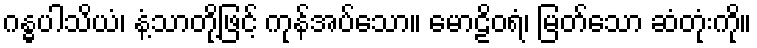
ဂန္ဓပါသိယံ၊ နံ့သာတို့ဖြင့် ကုန်အပ်သော။ မောဠိဝရံ၊ မြတ်သော ဆံတုံးကို။